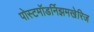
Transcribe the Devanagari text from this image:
पोस्टमॉडर्निझमखेरिज